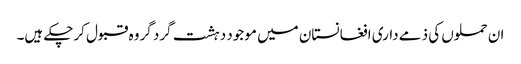
ان حملوں کی ذمے داری افغانستان میں موجود دہشت گرد گروہ قبول کرچکے ہیں۔